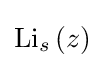
\operatorname {Li} _{s}\left(z\right)